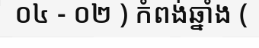
០៤ - ០២ ) កំពង់ឆ្នាំង (